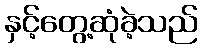
နှင့်တွေ့ဆုံခဲ့သည်